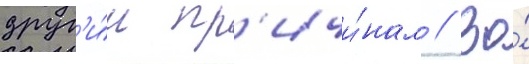
друг'и́м пр'ичи́нам // Во́